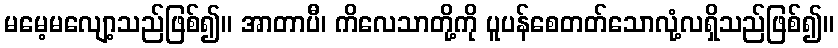
မမေ့မလျော့သည်ဖြစ်၍။ အာတာပီ၊ ကိလေသာတို့ကို ပူပန်စေတတ်သောလုံ့လရှိသည်ဖြစ်၍။